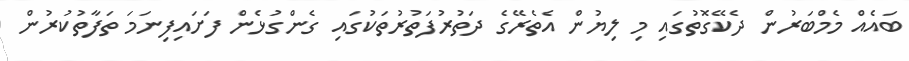
ބައެއް މެމްބަރުން ދެކޭގޮތުގައި މި ލިޔުން އެތެރޭގެ ދަތުރުފަތުރުތަކުގައި ގެންގުޅެން ފަށައިފިނަމަ ތަފާތުކުރުން